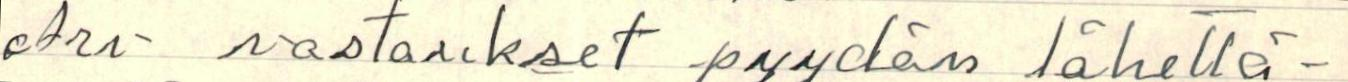
Arv vastaukset pyydän lähettä-